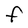
Character: F